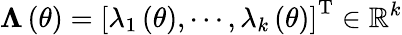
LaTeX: {\mathbf\Lambda}\left(\theta\right)=\left[\lambda_{1}\left(\theta\right),\cdots,\lambda_{k}\left(\theta\right)\right]^{\mathrm{T}}\in\mathbb{R}^{k}